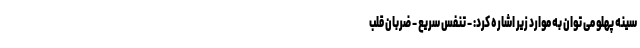
سینه پهلو می توان به موارد زیر اشاره کرد: - تنفس سریع - ضربان قلب